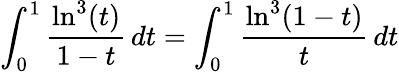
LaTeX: \int_{0}^{1}\frac{\ln^{3}(t)}{1-t}\, dt=\int_{0}^{1}\frac{\ln^{3}(1-t)}{t}\, dt